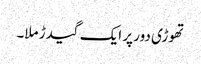
تھوڑی دور پر ایک گیدڑ ملا۔